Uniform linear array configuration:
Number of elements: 12
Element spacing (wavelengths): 0.5
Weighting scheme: hamming
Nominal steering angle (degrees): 15
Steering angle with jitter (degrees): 16.023
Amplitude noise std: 0.05
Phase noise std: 0.05

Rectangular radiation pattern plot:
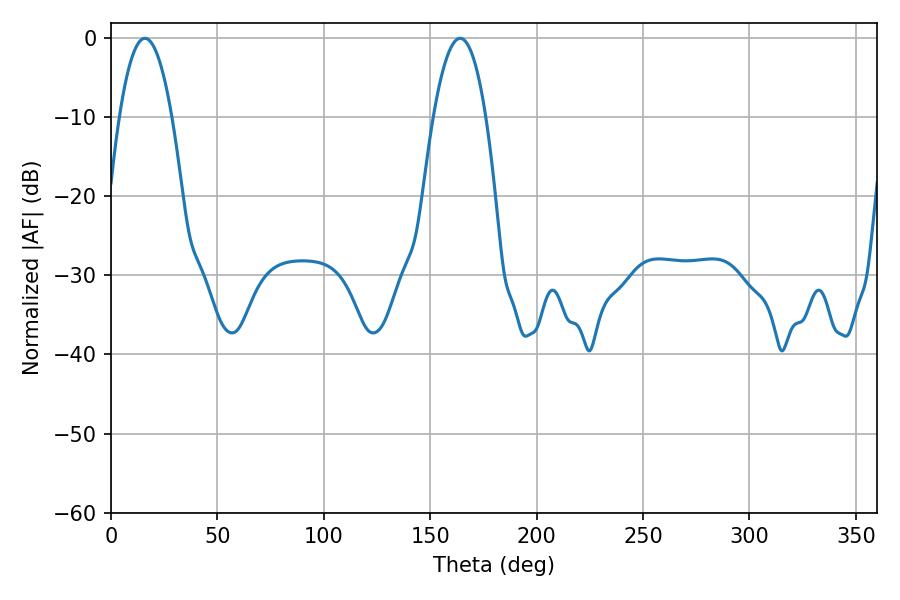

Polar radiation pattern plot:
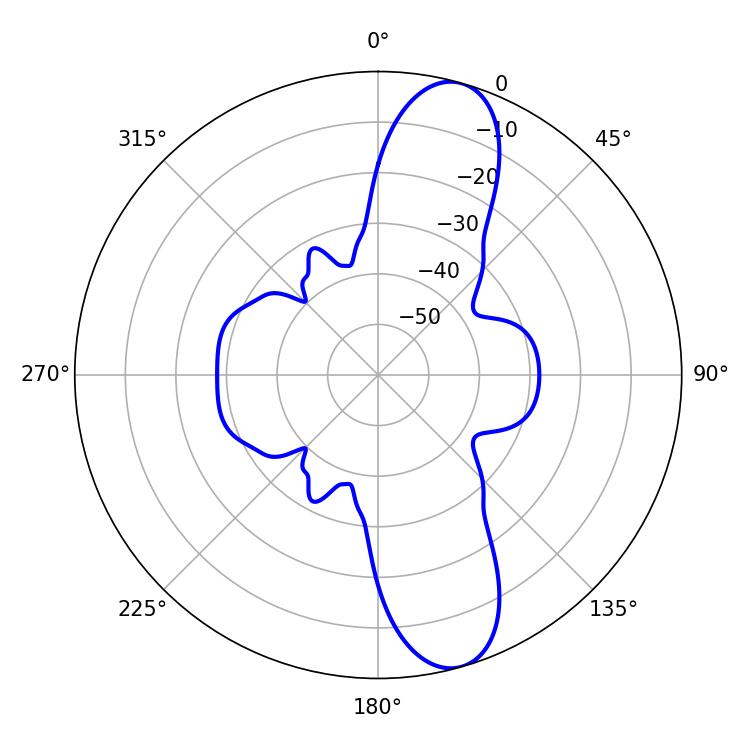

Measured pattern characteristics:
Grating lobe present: FALSE
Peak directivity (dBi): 11.538
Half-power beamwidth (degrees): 13.68
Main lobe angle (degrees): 16.02